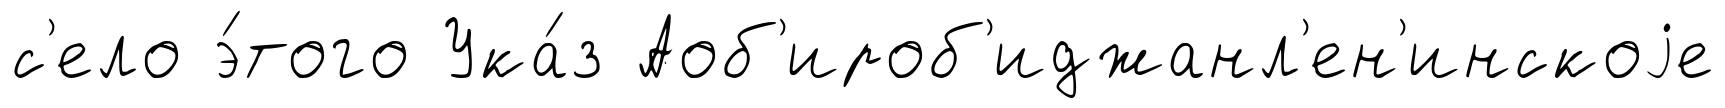
с'ело э́того Ука́з Аоб'ироб'иджанл'ен'инскоjе